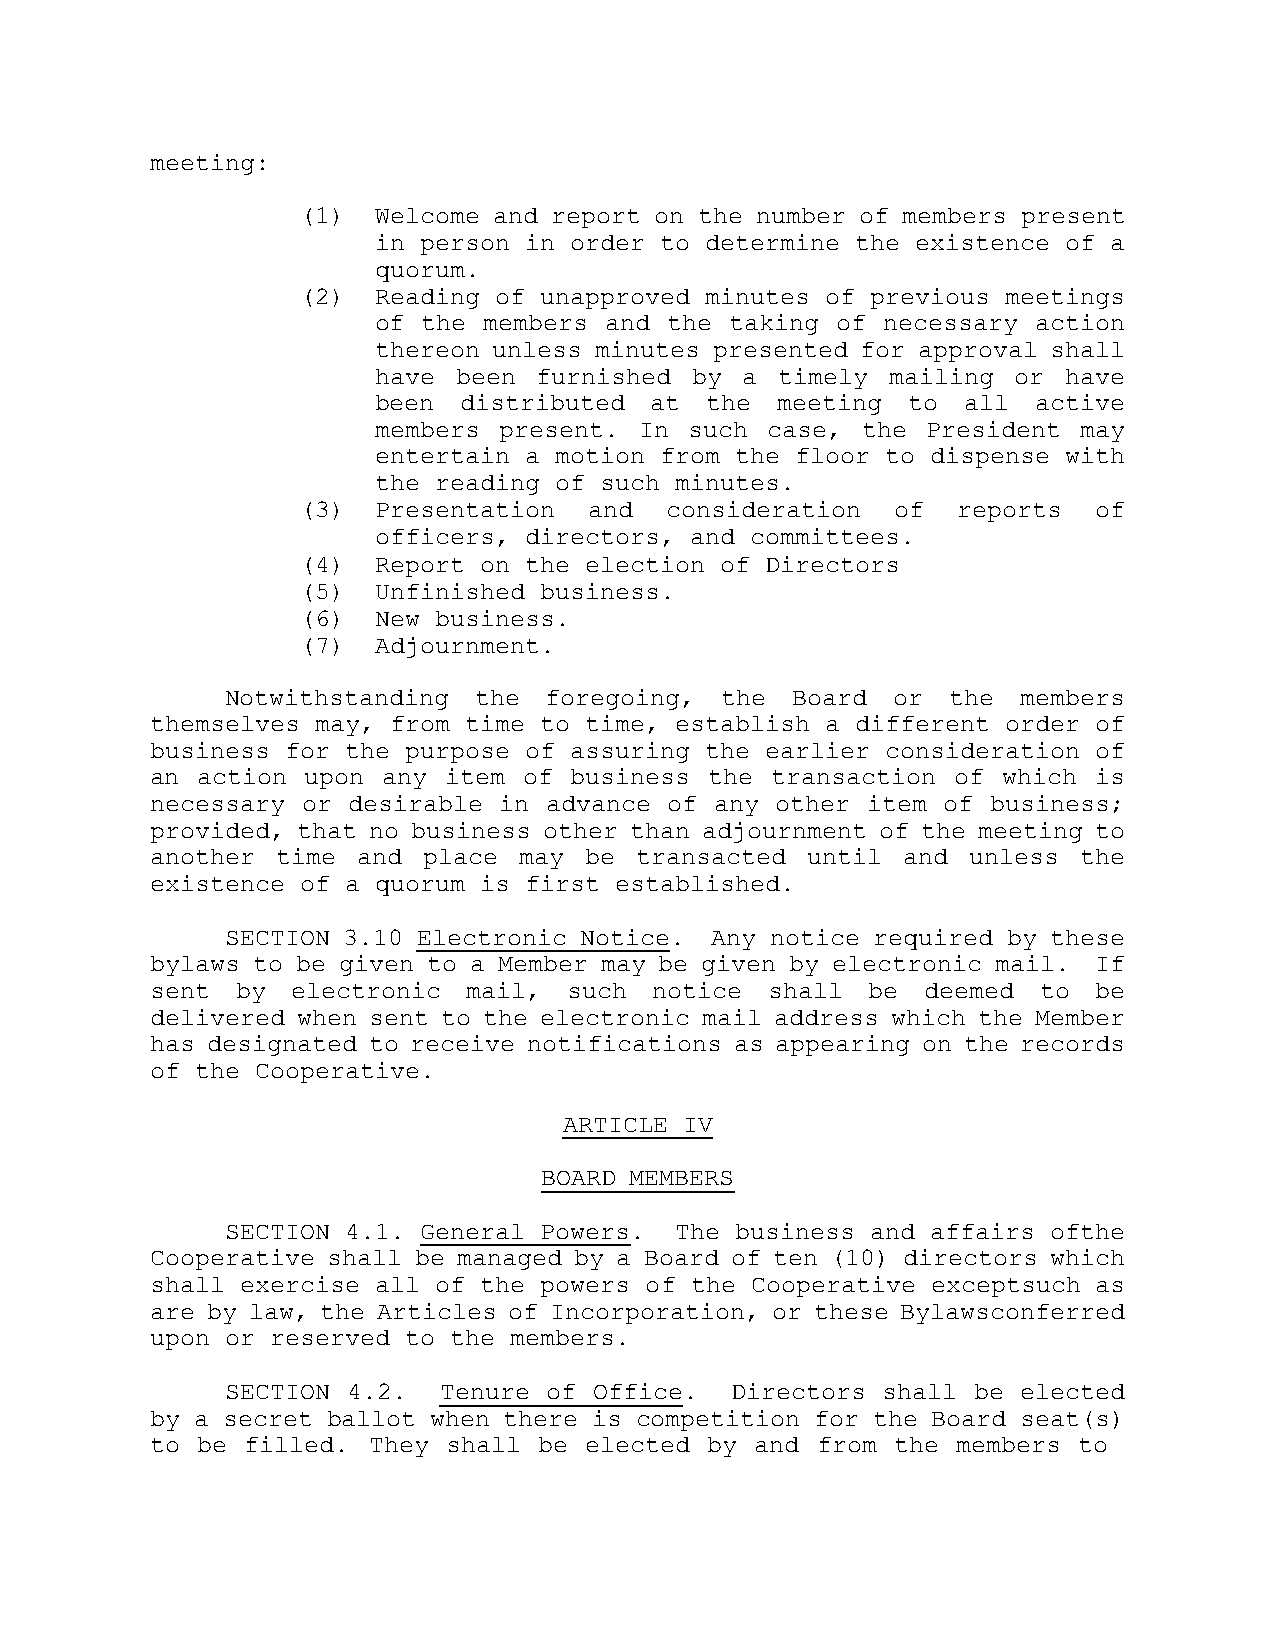
meeting:
 (1)  Welcome and report on the number of members present
 in person in order to determine the existence of a
 quorum.
 (2)  Reading of unapproved minutes of previous meetings
 of the members and the taking of necessary  action
 thereon unless minutes presented for approval shall
 have been furnished  by a  timely mailing or have
 been  distributed at  the  meeting to  all  active
 members present. In  such case, the President  may
 entertain a motion from the floor to dispense with
 the reading of such minutes.
 (3)  Presentation  and  consideration  of  reports   of
 officers, directors, and committees.
 (4)  Report on the election of Directors
 (5)  Unfinished business.
 (6)  New business.
 (7)  Adjournment.
 Notwithstanding the  foregoing,  the Board  or  the  members
 themselves may, from time to time, establish a different order of
 business for the purpose of assuring the earlier consideration of
 an action upon any  item of business the transaction of which is
 necessary or desirable in advance of any other item of  business;
 provided, that no business other than adjournment of the meeting to
 another time  and place may  be transacted until  and unless  the
 existence of a quorum is first established.
 SECTION 3.10 Electronic Notice. Any notice required by these
 bylaws to be given to a Member may be given by electronic mail. If
 sent  by electronic  mail,  such notice  shall be  deemed  to  be
 delivered when sent to the electronic mail address which the Member
 has designated to receive notifications as appearing on the records
 of the Cooperative.
 ARTICLE IV
 BOARD MEMBERS
 SECTION 4.1. General Powers.  The business and affairs of the
 Cooperative shall be managed by a Board of ten (10) directors which
 shall exercise all of the powers of the Cooperative except such as
 are by law, the Articles of Incorporation, or these Bylaws conferred
 upon or reserved to the members.
 SECTION 4.2.  Tenure of Office.  Directors shall be  elected
 by a secret ballot when there is competition for the Board seat(s)
 to be filled. They  shall be elected by and from the members to